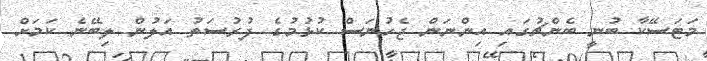
މަޓަސޭކާ ބުނީ ބެންޗުގައި އިންނަން ޖެހުނަސް ކުޅުމުގެ ފުރުސަތު އަލުން ލިބޭނެ ކަމަށް